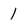
Character: 1